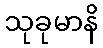
သုခုမာနိ